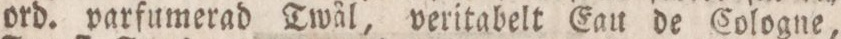
ord. parfumerad Twål, veritabelt Eau de Cologne,